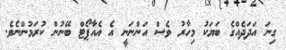
ގިނަ އަދަދެއްގެ ބަޔަކު މިހާރު ވެސް އަންނަނީ އެ އެއާޕޯޓް ބޭނުން ކުރަމުންނެވެ.